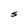
Character: S